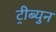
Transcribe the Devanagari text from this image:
ट्रीब्युन